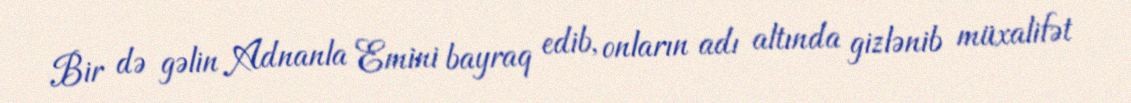
Bir də gəlin Adnanla Emini bayraq edib, onların adı altında gizlənib müxalifət